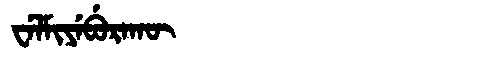
Manchu: ᠸᡝᠯᠮᡳᠶᡝᠪᡠᡵᠠᡴᡡ
Romanization: WELMIYEBURAKŪ